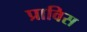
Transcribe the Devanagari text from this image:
प्राविस